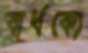
বার্ধক্যে